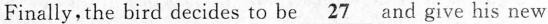
Finally, the bird decides to be \underline{27} and _give his new